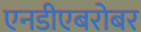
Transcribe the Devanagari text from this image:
एनडीएबरोबर